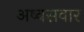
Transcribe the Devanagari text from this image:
अष्वसवार